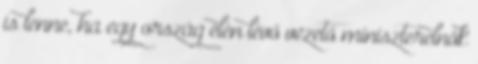
is lenne, ha egy ország élén lévő vezető miniszterelnök